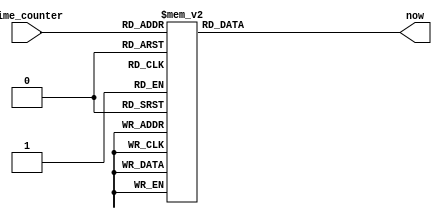
module Timeline(
    input [9:0] time_counter,
    output reg [3:0] now
);

    always@(*) begin
        case(time_counter)
            10'd0: now = 4'd8;        10'd1: now = 4'd8;
            10'd2: now = 4'd8;        10'd3: now = 4'd8;
            10'd4: now = 4'd8;        10'd5: now = 4'd1;
            10'd6: now = 4'd1;        10'd7: now = 4'd1;
            10'd8: now = 4'd1;        10'd9: now = 4'd1;
            10'd10: now = 4'd1;        10'd11: now = 4'd1;
            10'd12: now = 4'd1;        10'd13: now = 4'd1;
            10'd14: now = 4'd1;        10'd15: now = 4'd1;
            10'd16: now = 4'd1;        10'd17: now = 4'd1;
            10'd18: now = 4'd1;        10'd19: now = 4'd1;
            10'd20: now = 4'd1;        10'd21: now = 4'd1;
            10'd22: now = 4'd1;        10'd23: now = 4'd1;
            10'd24: now = 4'd1;        10'd25: now = 4'd1;
            10'd26: now = 4'd1;        10'd27: now = 4'd1;
            10'd28: now = 4'd1;        10'd29: now = 4'd1;
            10'd30: now = 4'd1;        10'd31: now = 4'd1;
            10'd32: now = 4'd1;        10'd33: now = 4'd1;
            10'd34: now = 4'd1;        10'd35: now = 4'd1;
            10'd36: now = 4'd1;        10'd37: now = 4'd1;
            10'd38: now = 4'd1;        10'd39: now = 4'd1;
            10'd40: now = 4'd1;        10'd41: now = 4'd1;
            10'd42: now = 4'd1;        10'd43: now = 4'd1;
            10'd44: now = 4'd1;        10'd45: now = 4'd1;
            10'd46: now = 4'd1;        10'd47: now = 4'd1;
            10'd48: now = 4'd1;        10'd49: now = 4'd1;
            10'd50: now = 4'd1;        10'd51: now = 4'd1;
            10'd52: now = 4'd1;        10'd53: now = 4'd1;
            10'd54: now = 4'd1;        10'd55: now = 4'd2;
            10'd56: now = 4'd3;        10'd57: now = 4'd3;
            10'd58: now = 4'd3;        10'd59: now = 4'd3;
            10'd60: now = 4'd3;        10'd61: now = 4'd3;
            10'd62: now = 4'd3;        10'd63: now = 4'd3;
            10'd64: now = 4'd3;        10'd65: now = 4'd3;
            10'd66: now = 4'd3;        10'd67: now = 4'd3;
            10'd68: now = 4'd3;        10'd69: now = 4'd3;
            10'd70: now = 4'd3;        10'd71: now = 4'd3;
            10'd72: now = 4'd3;        10'd73: now = 4'd3;
            10'd74: now = 4'd3;        10'd75: now = 4'd3;
            10'd76: now = 4'd3;        10'd77: now = 4'd3;
            10'd78: now = 4'd3;        10'd79: now = 4'd3;
            10'd80: now = 4'd3;        10'd81: now = 4'd3;
            10'd82: now = 4'd3;        10'd83: now = 4'd3;
            10'd84: now = 4'd3;        10'd85: now = 4'd3;
            10'd86: now = 4'd3;        10'd87: now = 4'd3;
            10'd88: now = 4'd3;        10'd89: now = 4'd3;
            10'd90: now = 4'd3;        10'd91: now = 4'd3;
            10'd92: now = 4'd3;        10'd93: now = 4'd3;
            10'd94: now = 4'd3;        10'd95: now = 4'd3;
            10'd96: now = 4'd3;        10'd97: now = 4'd3;
            10'd98: now = 4'd3;        10'd99: now = 4'd3;
            10'd100: now = 4'd3;        10'd101: now = 4'd3;
            10'd102: now = 4'd0;        10'd103: now = 4'd0;
            10'd104: now = 4'd0;        10'd105: now = 4'd0;
            10'd106: now = 4'd7;        10'd107: now = 4'd0;
            10'd108: now = 4'd0;        10'd109: now = 4'd0;
            10'd110: now = 4'd7;        10'd111: now = 4'd0;
            10'd112: now = 4'd0;        10'd113: now = 4'd7;
            10'd114: now = 4'd0;        10'd115: now = 4'd0;
            10'd116: now = 4'd7;        10'd117: now = 4'd0;
            10'd118: now = 4'd0;        10'd119: now = 4'd7;
            10'd120: now = 4'd0;        10'd121: now = 4'd0;
            10'd122: now = 4'd0;        10'd123: now = 4'd7;
            10'd124: now = 4'd0;        10'd125: now = 4'd0;
            10'd126: now = 4'd7;        10'd127: now = 4'd0;
            10'd128: now = 4'd0;        10'd129: now = 4'd0;
            10'd130: now = 4'd0;        10'd131: now = 4'd0;
            10'd132: now = 4'd7;        10'd133: now = 4'd0;
            10'd134: now = 4'd0;        10'd135: now = 4'd0;
            10'd136: now = 4'd0;        10'd137: now = 4'd0;
            10'd138: now = 4'd0;        10'd139: now = 4'd7;
            10'd140: now = 4'd0;        10'd141: now = 4'd0;
            10'd142: now = 4'd0;        10'd143: now = 4'd0;
            10'd144: now = 4'd0;        10'd145: now = 4'd0;
            10'd146: now = 4'd0;        10'd147: now = 4'd0;
            10'd148: now = 4'd0;        10'd149: now = 4'd0;
            10'd150: now = 4'd0;        10'd151: now = 4'd0;
            10'd152: now = 4'd0;        10'd153: now = 4'd0;
            10'd154: now = 4'd0;        10'd155: now = 4'd3;
            10'd156: now = 4'd3;        10'd157: now = 4'd3;
            10'd158: now = 4'd3;        10'd159: now = 4'd3;
            10'd160: now = 4'd3;        10'd161: now = 4'd3;
            10'd162: now = 4'd3;        10'd163: now = 4'd3;
            10'd164: now = 4'd3;        10'd165: now = 4'd3;
            10'd166: now = 4'd3;        10'd167: now = 4'd3;
            10'd168: now = 4'd3;        10'd169: now = 4'd3;
            10'd170: now = 4'd3;        10'd171: now = 4'd3;
            10'd172: now = 4'd3;        10'd173: now = 4'd3;
            10'd174: now = 4'd3;        10'd175: now = 4'd3;
            10'd176: now = 4'd3;        10'd177: now = 4'd3;
            10'd178: now = 4'd3;        10'd179: now = 4'd3;
            10'd180: now = 4'd3;        10'd181: now = 4'd3;
            10'd182: now = 4'd3;        10'd183: now = 4'd3;
            10'd184: now = 4'd3;        10'd185: now = 4'd3;
            10'd186: now = 4'd3;        10'd187: now = 4'd3;
            10'd188: now = 4'd3;        10'd189: now = 4'd3;
            10'd190: now = 4'd3;        10'd191: now = 4'd3;
            10'd192: now = 4'd3;        10'd193: now = 4'd3;
            10'd194: now = 4'd3;        10'd195: now = 4'd3;
            10'd196: now = 4'd3;        10'd197: now = 4'd3;
            10'd198: now = 4'd3;        10'd199: now = 4'd3;
            10'd200: now = 4'd3;        10'd201: now = 4'd0;
            10'd202: now = 4'd0;        10'd203: now = 4'd7;
            10'd204: now = 4'd0;        10'd205: now = 4'd0;
            10'd206: now = 4'd0;        10'd207: now = 4'd0;
            10'd208: now = 4'd0;        10'd209: now = 4'd7;
            10'd210: now = 4'd0;        10'd211: now = 4'd0;
            10'd212: now = 4'd0;        10'd213: now = 4'd0;
            10'd214: now = 4'd7;        10'd215: now = 4'd0;
            10'd216: now = 4'd0;        10'd217: now = 4'd0;
            10'd218: now = 4'd0;        10'd219: now = 4'd0;
            10'd220: now = 4'd0;        10'd221: now = 4'd0;
            10'd222: now = 4'd0;        10'd223: now = 4'd7;
            10'd224: now = 4'd0;        10'd225: now = 4'd0;
            10'd226: now = 4'd0;        10'd227: now = 4'd0;
            10'd228: now = 4'd0;        10'd229: now = 4'd0;
            10'd230: now = 4'd0;        10'd231: now = 4'd0;
            10'd232: now = 4'd0;        10'd233: now = 4'd0;
            10'd234: now = 4'd0;        10'd235: now = 4'd0;
            10'd236: now = 4'd0;        10'd237: now = 4'd0;
            10'd238: now = 4'd0;        10'd239: now = 4'd4;
            10'd240: now = 4'd4;        10'd241: now = 4'd4;
            10'd242: now = 4'd4;        10'd243: now = 4'd4;
            10'd244: now = 4'd4;        10'd245: now = 4'd4;
            10'd246: now = 4'd4;        10'd247: now = 4'd4;
            10'd248: now = 4'd4;        10'd249: now = 4'd4;
            10'd250: now = 4'd4;        10'd251: now = 4'd4;
            10'd252: now = 4'd4;        10'd253: now = 4'd4;
            10'd254: now = 4'd4;        10'd255: now = 4'd4;
            10'd256: now = 4'd4;        10'd257: now = 4'd4;
            10'd258: now = 4'd4;        10'd259: now = 4'd4;
            10'd260: now = 4'd4;        10'd261: now = 4'd4;
            10'd262: now = 4'd4;        10'd263: now = 4'd4;
            10'd264: now = 4'd4;        10'd265: now = 4'd4;
            10'd266: now = 4'd4;        10'd267: now = 4'd0;
            10'd268: now = 4'd0;        10'd269: now = 4'd7;
            10'd270: now = 4'd0;        10'd271: now = 4'd0;
            10'd272: now = 4'd7;        10'd273: now = 4'd0;
            10'd274: now = 4'd0;        10'd275: now = 4'd0;
            10'd276: now = 4'd0;        10'd277: now = 4'd0;
            10'd278: now = 4'd0;        10'd279: now = 4'd7;
            10'd280: now = 4'd0;        10'd281: now = 4'd0;
            10'd282: now = 4'd0;        10'd283: now = 4'd0;
            10'd284: now = 4'd0;        10'd285: now = 4'd0;
            10'd286: now = 4'd0;        10'd287: now = 4'd0;
            10'd288: now = 4'd0;        10'd289: now = 4'd0;
            10'd290: now = 4'd0;        10'd291: now = 4'd0;
            10'd292: now = 4'd0;        10'd293: now = 4'd0;
            10'd294: now = 4'd0;        10'd295: now = 4'd4;
            10'd296: now = 4'd4;        10'd297: now = 4'd4;
            10'd298: now = 4'd4;        10'd299: now = 4'd4;
            10'd300: now = 4'd4;        10'd301: now = 4'd4;
            10'd302: now = 4'd4;        10'd303: now = 4'd4;
            10'd304: now = 4'd4;        10'd305: now = 4'd4;
            10'd306: now = 4'd4;        10'd307: now = 4'd4;
            10'd308: now = 4'd4;        10'd309: now = 4'd4;
            10'd310: now = 4'd4;        10'd311: now = 4'd4;
            10'd312: now = 4'd4;        10'd313: now = 4'd4;
            10'd314: now = 4'd4;        10'd315: now = 4'd4;
            10'd316: now = 4'd4;        10'd317: now = 4'd4;
            10'd318: now = 4'd4;        10'd319: now = 4'd4;
            10'd320: now = 4'd4;        10'd321: now = 4'd4;
            10'd322: now = 4'd4;        10'd323: now = 4'd0;
            10'd324: now = 4'd0;        10'd325: now = 4'd0;
            10'd326: now = 4'd0;        10'd327: now = 4'd7;
            10'd328: now = 4'd0;        10'd329: now = 4'd0;
            10'd330: now = 4'd0;        10'd331: now = 4'd0;
            10'd332: now = 4'd0;        10'd333: now = 4'd0;
            10'd334: now = 4'd0;        10'd335: now = 4'd0;
            10'd336: now = 4'd0;        10'd337: now = 4'd0;
            10'd338: now = 4'd0;        10'd339: now = 4'd0;
            10'd340: now = 4'd0;        10'd341: now = 4'd0;
            10'd342: now = 4'd0;        10'd343: now = 4'd4;
            10'd344: now = 4'd4;        10'd345: now = 4'd4;
            10'd346: now = 4'd4;        10'd347: now = 4'd4;
            10'd348: now = 4'd4;        10'd349: now = 4'd4;
            10'd350: now = 4'd4;        10'd351: now = 4'd4;
            10'd352: now = 4'd4;        10'd353: now = 4'd4;
            10'd354: now = 4'd4;        10'd355: now = 4'd4;
            10'd356: now = 4'd4;        10'd357: now = 4'd4;
            10'd358: now = 4'd4;        10'd359: now = 4'd4;
            10'd360: now = 4'd4;        10'd361: now = 4'd4;
            10'd362: now = 4'd4;        10'd363: now = 4'd4;
            10'd364: now = 4'd4;        10'd365: now = 4'd4;
            10'd366: now = 4'd4;        10'd367: now = 4'd4;
            10'd368: now = 4'd4;        10'd369: now = 4'd4;
            10'd370: now = 4'd4;        10'd371: now = 4'd0;
            10'd372: now = 4'd0;        10'd373: now = 4'd0;
            10'd374: now = 4'd0;        10'd375: now = 4'd0;
            10'd376: now = 4'd0;        10'd377: now = 4'd0;
            10'd378: now = 4'd0;        10'd379: now = 4'd0;
            10'd380: now = 4'd0;        10'd381: now = 4'd0;
            10'd382: now = 4'd0;        10'd383: now = 4'd0;
            10'd384: now = 4'd0;        10'd385: now = 4'd0;
            10'd386: now = 4'd0;        10'd387: now = 4'd0;
            10'd388: now = 4'd0;        10'd389: now = 4'd0;
            10'd390: now = 4'd0;        10'd391: now = 4'd5;
            10'd392: now = 4'd5;        10'd393: now = 4'd5;
            10'd394: now = 4'd5;        10'd395: now = 4'd5;
            10'd396: now = 4'd5;        10'd397: now = 4'd5;
            10'd398: now = 4'd5;        10'd399: now = 4'd5;
            10'd400: now = 4'd5;        10'd401: now = 4'd5;
            10'd402: now = 4'd5;        10'd403: now = 4'd5;
            10'd404: now = 4'd5;        10'd405: now = 4'd5;
            10'd406: now = 4'd5;        10'd407: now = 4'd5;
            10'd408: now = 4'd5;        10'd409: now = 4'd5;
            10'd410: now = 4'd0;        10'd411: now = 4'd0;
            10'd412: now = 4'd7;        10'd413: now = 4'd0;
            10'd414: now = 4'd0;        10'd415: now = 4'd0;
            10'd416: now = 4'd0;        10'd417: now = 4'd0;
            10'd418: now = 4'd0;        10'd419: now = 4'd0;
            10'd420: now = 4'd0;        10'd421: now = 4'd7;
            10'd422: now = 4'd0;        10'd423: now = 4'd0;
            10'd424: now = 4'd0;        10'd425: now = 4'd0;
            10'd426: now = 4'd0;        10'd427: now = 4'd7;
            10'd428: now = 4'd0;        10'd429: now = 4'd0;
            10'd430: now = 4'd0;        10'd431: now = 4'd0;
            10'd432: now = 4'd0;        10'd433: now = 4'd0;
            10'd434: now = 4'd0;        10'd435: now = 4'd0;
            10'd436: now = 4'd0;        10'd437: now = 4'd0;
            10'd438: now = 4'd0;        10'd439: now = 4'd0;
            10'd440: now = 4'd0;        10'd441: now = 4'd0;
            10'd442: now = 4'd0;        10'd443: now = 4'd5;
            10'd444: now = 4'd5;        10'd445: now = 4'd5;
            10'd446: now = 4'd5;        10'd447: now = 4'd5;
            10'd448: now = 4'd5;        10'd449: now = 4'd5;
            10'd450: now = 4'd5;        10'd451: now = 4'd5;
            10'd452: now = 4'd5;        10'd453: now = 4'd5;
            10'd454: now = 4'd5;        10'd455: now = 4'd5;
            10'd456: now = 4'd5;        10'd457: now = 4'd5;
            10'd458: now = 4'd5;        10'd459: now = 4'd5;
            10'd460: now = 4'd5;        10'd461: now = 4'd5;
            10'd462: now = 4'd0;        10'd463: now = 4'd0;
            10'd464: now = 4'd7;        10'd465: now = 4'd0;
            10'd466: now = 4'd0;        10'd467: now = 4'd0;
            10'd468: now = 4'd0;        10'd469: now = 4'd0;
            10'd470: now = 4'd0;        10'd471: now = 4'd0;
            10'd472: now = 4'd0;        10'd473: now = 4'd0;
            10'd474: now = 4'd0;        10'd475: now = 4'd0;
            10'd476: now = 4'd0;        10'd477: now = 4'd0;
            10'd478: now = 4'd0;        10'd479: now = 4'd0;
            10'd480: now = 4'd6;        10'd481: now = 4'd6;
            10'd482: now = 4'd6;        10'd483: now = 4'd6;
            10'd484: now = 4'd6;        10'd485: now = 4'd6;
            10'd486: now = 4'd6;        10'd487: now = 4'd6;
            10'd488: now = 4'd6;        10'd489: now = 4'd6;
            10'd490: now = 4'd6;        10'd491: now = 4'd6;
            10'd492: now = 4'd0;        10'd493: now = 4'd0;
            10'd494: now = 4'd7;        10'd495: now = 4'd0;
            10'd496: now = 4'd0;        10'd497: now = 4'd7;
            10'd498: now = 4'd0;        10'd499: now = 4'd0;
            10'd500: now = 4'd0;        10'd501: now = 4'd0;
            10'd502: now = 4'd0;        10'd503: now = 4'd7;
            10'd504: now = 4'd0;        10'd505: now = 4'd0;
            10'd506: now = 4'd0;        10'd507: now = 4'd0;
            10'd508: now = 4'd0;        10'd509: now = 4'd0;
            10'd510: now = 4'd7;        10'd511: now = 4'd0;
            10'd512: now = 4'd0;        10'd513: now = 4'd0;
            10'd514: now = 4'd0;        10'd515: now = 4'd0;
            10'd516: now = 4'd0;        10'd517: now = 4'd0;
            10'd518: now = 4'd0;        10'd519: now = 4'd0;
            10'd520: now = 4'd0;        10'd521: now = 4'd0;
            10'd522: now = 4'd0;        10'd523: now = 4'd0;
            10'd524: now = 4'd0;        10'd525: now = 4'd0;
            10'd526: now = 4'd6;        10'd527: now = 4'd6;
            10'd528: now = 4'd6;        10'd529: now = 4'd6;
            10'd530: now = 4'd6;        10'd531: now = 4'd6;
            10'd532: now = 4'd6;        10'd533: now = 4'd6;
            10'd534: now = 4'd6;        10'd535: now = 4'd6;
            10'd536: now = 4'd6;        10'd537: now = 4'd6;
            10'd538: now = 4'd0;        10'd539: now = 4'd0;
            10'd540: now = 4'd0;        10'd541: now = 4'd7;
            10'd542: now = 4'd0;        10'd543: now = 4'd0;
            10'd544: now = 4'd7;        10'd545: now = 4'd0;
            10'd546: now = 4'd0;        10'd547: now = 4'd0;
            10'd548: now = 4'd0;        10'd549: now = 4'd0;
            10'd550: now = 4'd7;        10'd551: now = 4'd0;
            10'd552: now = 4'd0;        10'd553: now = 4'd0;
            10'd554: now = 4'd0;        10'd555: now = 4'd0;
            10'd556: now = 4'd0;        10'd557: now = 4'd0;
            10'd558: now = 4'd0;        10'd559: now = 4'd0;
            10'd560: now = 4'd0;        10'd561: now = 4'd0;
            10'd562: now = 4'd0;        10'd563: now = 4'd0;
            10'd564: now = 4'd0;        10'd565: now = 4'd0;
            10'd566: now = 4'd0;        10'd567: now = 4'd0;
            10'd568: now = 4'd0;        10'd569: now = 4'd0;
            10'd570: now = 4'd0;        10'd571: now = 4'd6;
            10'd572: now = 4'd6;        10'd573: now = 4'd6;
            10'd574: now = 4'd6;        10'd575: now = 4'd6;
            10'd576: now = 4'd6;        10'd577: now = 4'd6;
            10'd578: now = 4'd6;        10'd579: now = 4'd6;
            10'd580: now = 4'd6;        10'd581: now = 4'd6;
            10'd582: now = 4'd6;        default: now = 4'd0;
        endcase
    end

endmodule